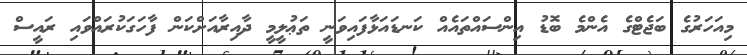
މިއަހަރުގެ ބަޖެޓްގެ އެންމެ ބޮޑު އިންސައްތައެއް ކަނޑައަޅާފައިވަނީ ތަޢުލީމީ ދާއިރާއަށްކަން ފާހަގަކުރައްވައި ރައީސް